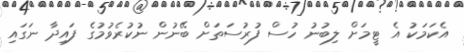
އެކަމަކު އެ ޓީމަށް ލިބުނު ހުސް ފުރުސަތަށް ބޭނުން ނުކުރެވުމުގެ ފައިދާ ނަގައި